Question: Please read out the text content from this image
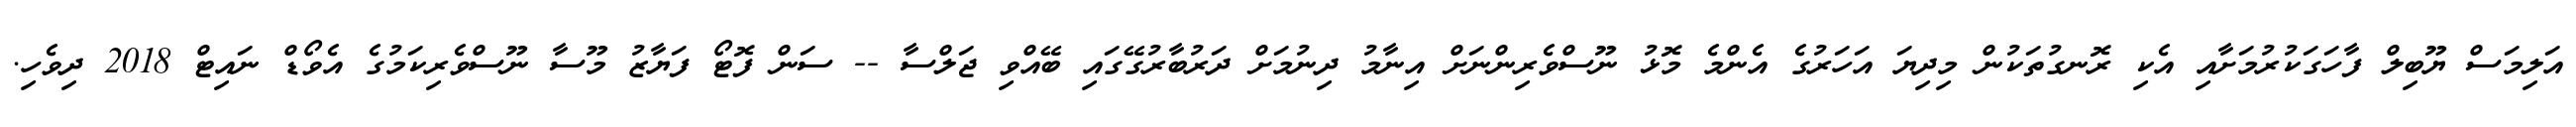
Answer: އަލިމަސް ޔޫބިލް ފާހަގަކުރުމަށާއި އެކި ރޮނގުތަކުން މިދިޔަ އަހަރުގެ އެންމެ މޮޅު ނޫސްވެރިންނަށް އިނާމު ދިނުމަށް ދަރުބާރުގޭގައި ބޭއްވި ޖަލްސާ -- ސަން ފޮޓޯ ފަޔާޒު މޫސާ ނޫސްވެރިކަމުގެ އެވޯޑް ނައިޓް 2018 ދިވެހި.